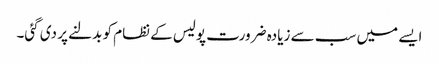
ایسے میں سب سے زیادہ ضرورت پولیس کے نظام کو بدلنے پر دی گئی۔